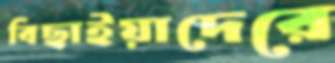
বিছাইয়াদেরে